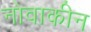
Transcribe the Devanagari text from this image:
नोवाकीन